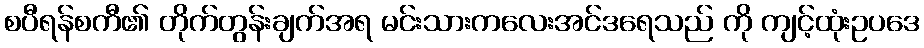
စပီရန်စကီ၏ တိုက်တွန်းချက်အရ မင်းသားကလေးအင်ဒရေသည် ကို ကျင့်ထုံးဥပဒေ